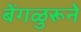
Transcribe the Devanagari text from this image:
बेंगळुरूने